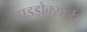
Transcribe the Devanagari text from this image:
हाइड्रोक्साईड